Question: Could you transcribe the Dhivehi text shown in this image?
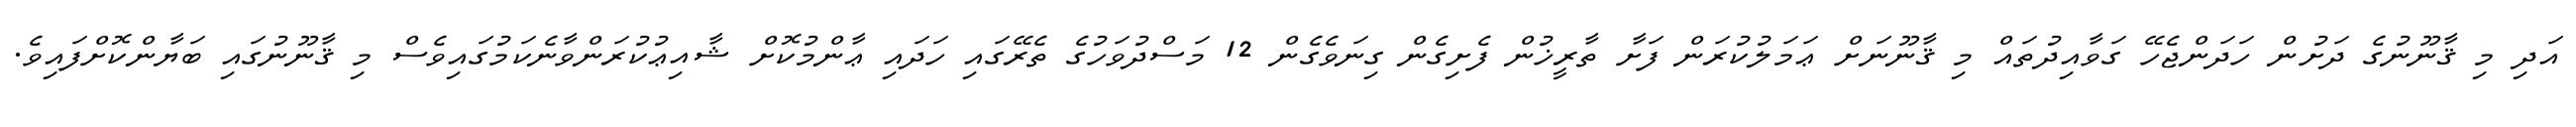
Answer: އަދި މި ޤާނޫނުގެ ދަށުން ހަދަންޖެހޭ ގަވާއިދުތައް މި ޤާނޫނަށް ޢަމަލުކުރަން ފަށާ ތާރީޚުން ފެށިގެން ގިނަވެގެން 12 މަސްދުވަހުގެ ތެރޭގައި ހަދައި ޢާންމުކޮށް ޝާއިޢުކުރަންވާނެކަމުގައިވެސް މި ޤާނޫނުގައި ބަޔާންކޮށްފައިވެ.